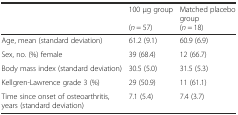
|  | 100 μg group(n = 57) | Matched placebo group(n = 18) |
 | --- | --- | --- |
 | Age, mean (standard deviation) | 61.2 (9.1) | 60.9 (6.9) |
 | Sex, no. (%) female | 39 (68.4) | 12 (66.7) |
 | Body mass index (standard deviation) | 30.5 (5.0) | 31.5 (5.3) |
 | Kellgren-Lawrence grade 3 (%) | 29 (50.9) | 11 (61.1) |
 | Time since onset of osteoarthritis, years (standard deviation) | 7.1 (5.4) | 7.4 (3.7) |